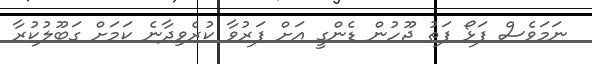
ނަމަވެސް ފަޅޯ ފަތު ޖޫހުން ޑެންގީ އަށް ފަރުވާ ކުރެވިދާނެ ކަމަށް ގަބޫލުކުރާ